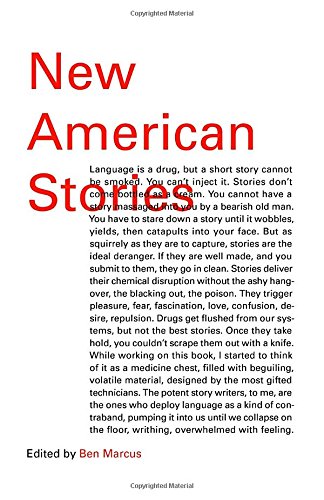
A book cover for New American Stories (Vintage Contemporaries); Literature & Fiction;